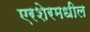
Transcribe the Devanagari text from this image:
एरशेरमधील